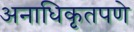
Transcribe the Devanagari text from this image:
अनाधिकृतपणे